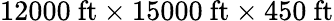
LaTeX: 12000\ \mathrm{ft}\times 15000\ \mathrm{ft}\times 450\ \mathrm{ft}